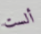
ألست